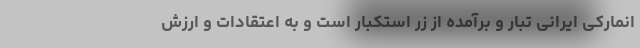
انمارکی ایرانی تبار و برآمده از زر استکبار است و به اعتقادات و ارزش